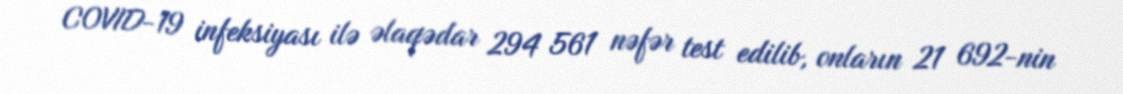
COVID-19 infeksiyası ilə əlaqədar 294 561 nəfər test edilib, onların 21 692-nin